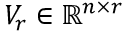
V _ { r } \in \ensuremath { \mathbb { R } } ^ { n \times r }